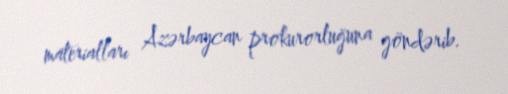
materialları Azərbaycan prokurorluğuna göndərib.